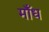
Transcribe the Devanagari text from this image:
माँध